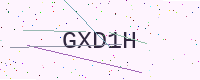
Text: GXD1H